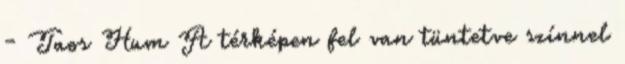
- Taos Hum A térképen fel van tüntetve színnel